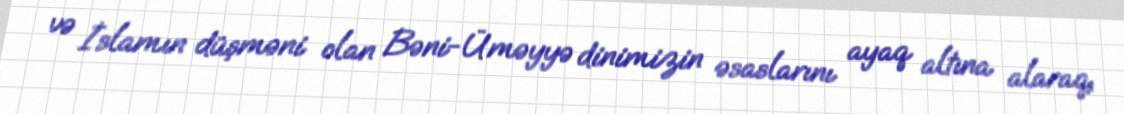
və İslamın düşməni olan Bəni-Üməyyə dinimizin əsaslarını ayaq altına alaraq,